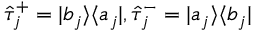
\hat { \tau } _ { j } ^ { + } = | b _ { j } \rangle \langle a _ { j } | , \hat { \tau } _ { j } ^ { - } = | a _ { j } \rangle \langle b _ { j } |